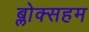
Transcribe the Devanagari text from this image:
ब्लोक्सहम